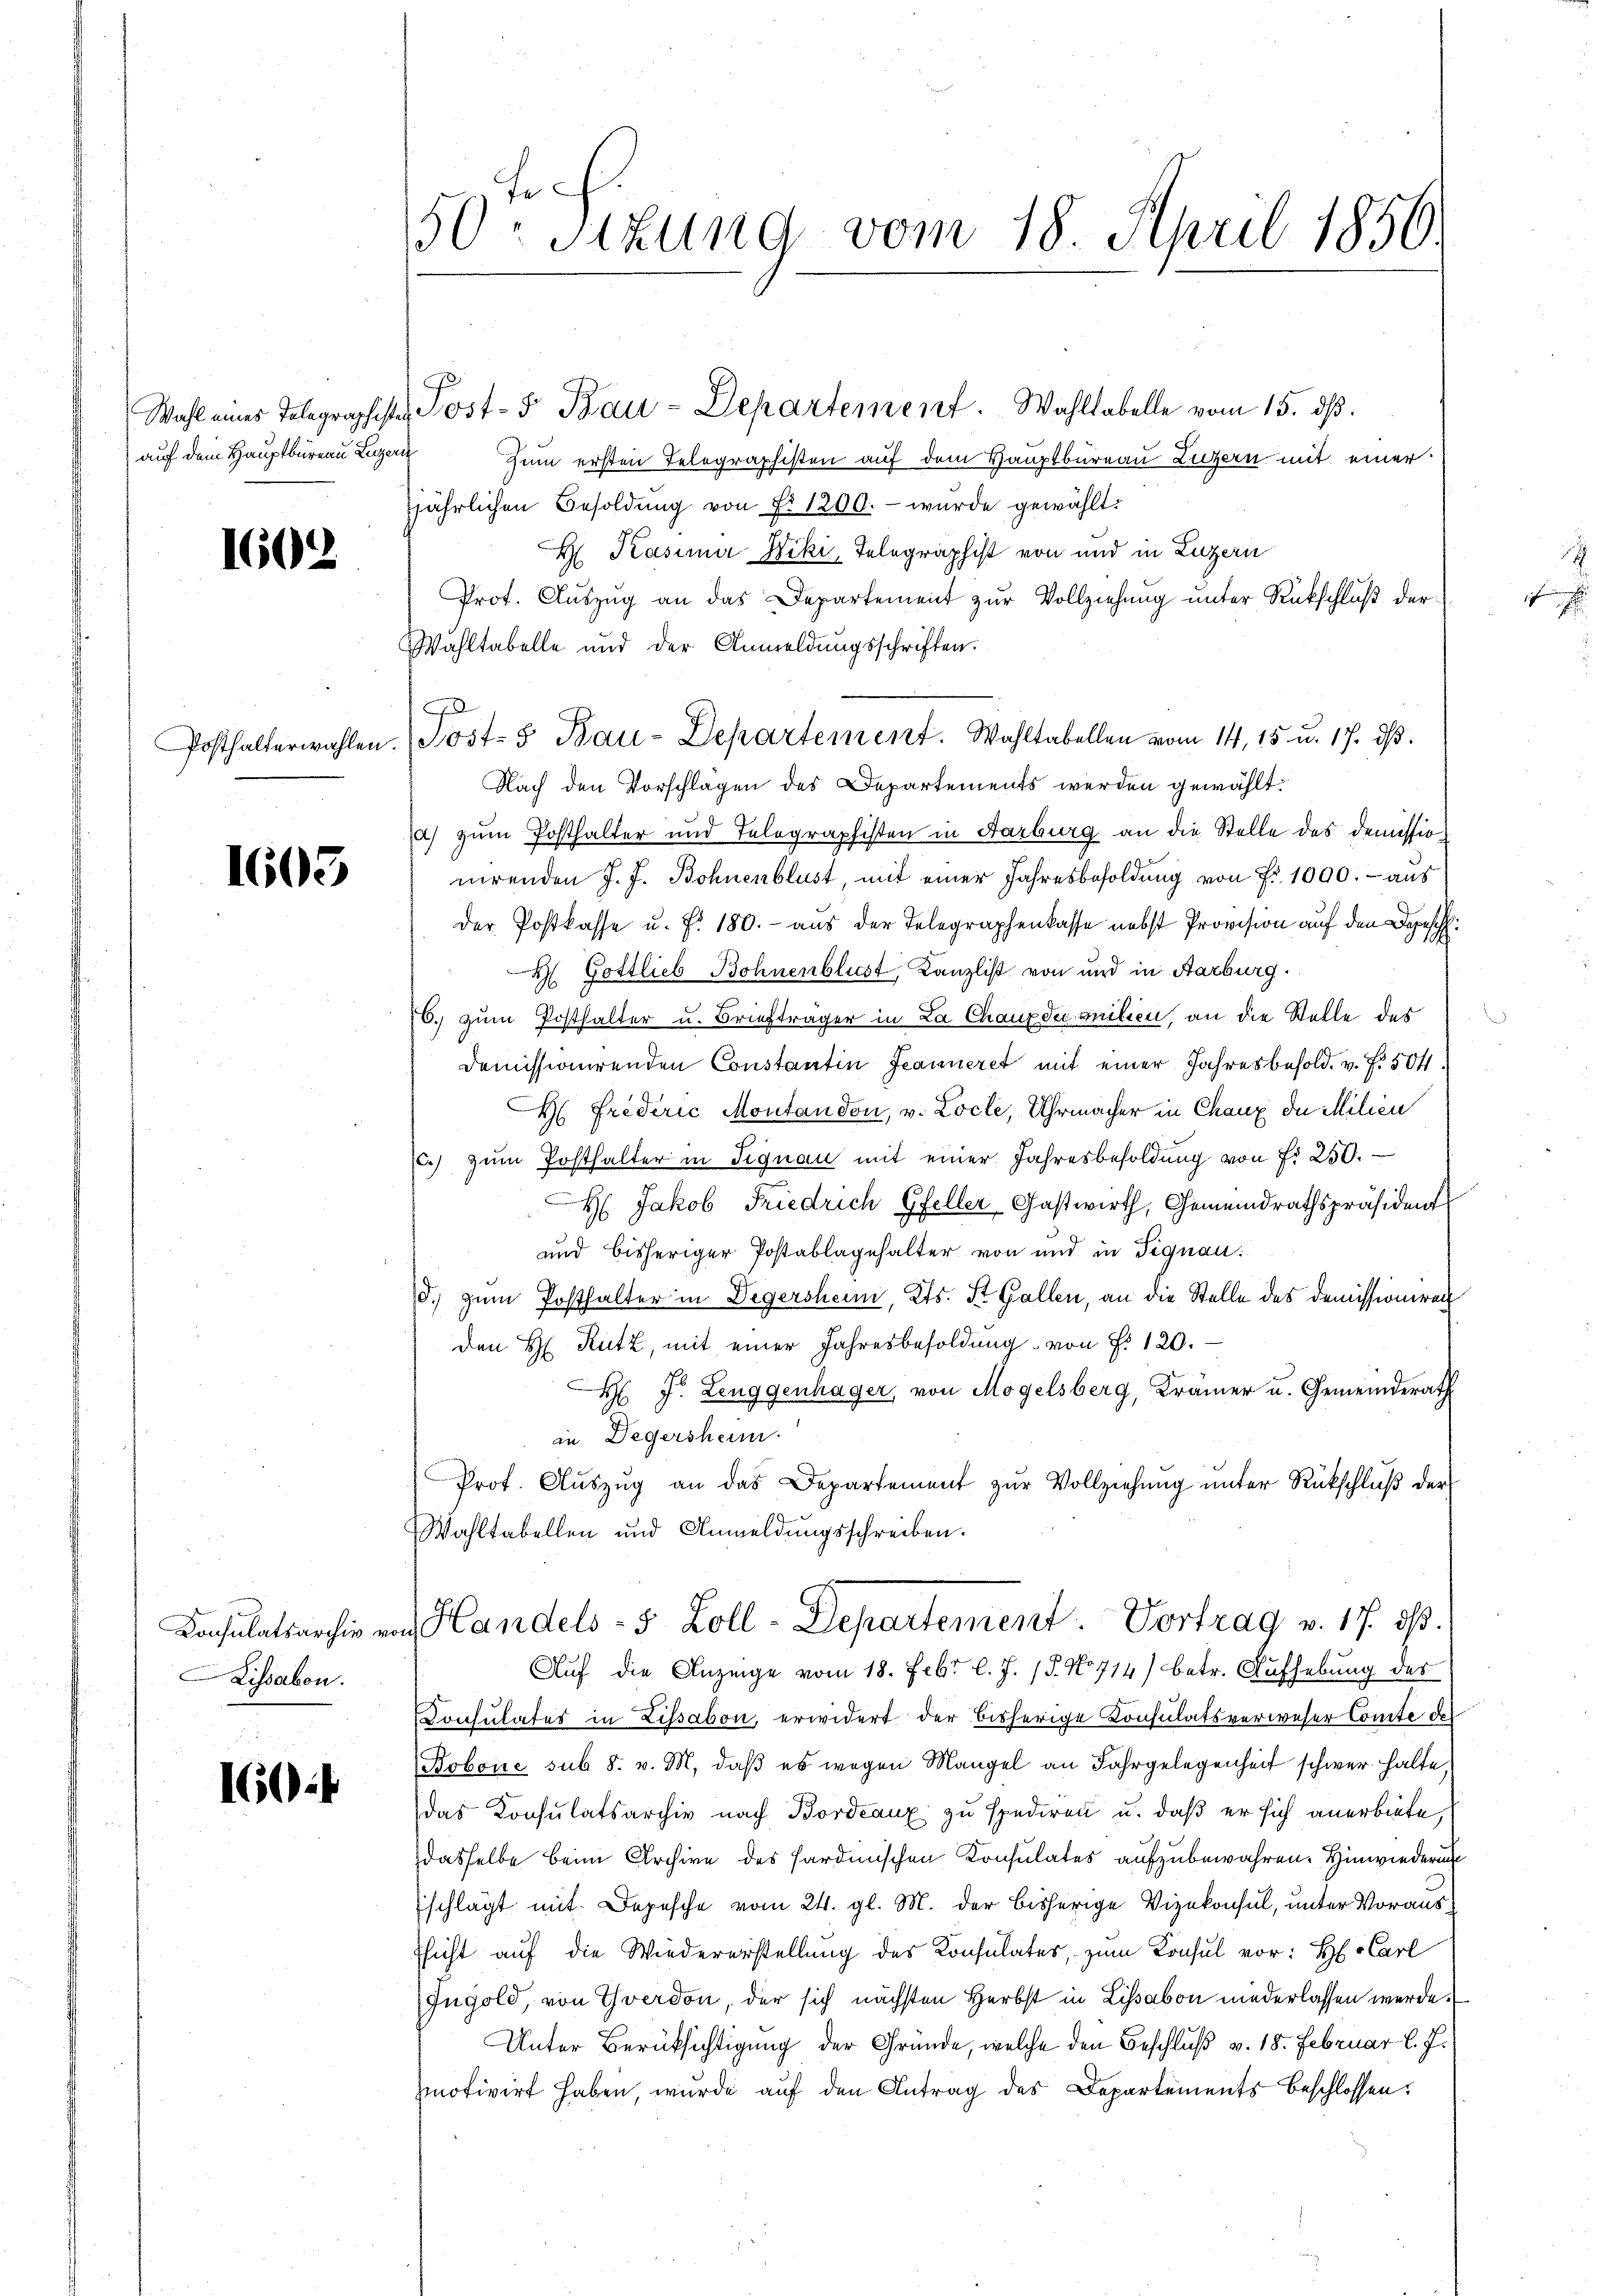
auf dem Hauptbureau Luzern

1602

1603

Kissabon.

160:

50ten Sizung vom 18. April 1850.

Zum ersten Telegraphisten auf dem Hauptbureau Luzern mit einer
jährlichen Besoldŭng von Fr. 1200.- wurde gewählt:
H Kasima Niki, Telegraphist von und in Luzern
Prot. Aŭszŭg an das Departement zŭr Vollziehŭng ŭnter Rückschlŭβ der
Wahltabelle und der Anmeldungsschriften.
Posthalterwahlen. (Post- & Bau-Departement. Wahltabellen vom 14. 15. u. 17. dβ.
Nach den Vorschlägen des Departements werden gewählt:
a) zum Posthalter und Telegraphisten in Aarburg an die Stelle des demissio
nirenden J. J. Bohnenblust, mit einer Jahresbesoldung von Fr. 1090. - aus
der Postkasse u. f. 180. - aus der Telegraphenkasse nebst Provision auf den Depesch
 Gottlieb Bohnenblust, Kanzlist von wird in Aarburg.
6. zum Posthalter u. Briefträger in La Chaux du milien, an die Stelle des
Demissionirenden Constantin Jeanneret mit einer Jahresbesold. v. f. 504.
H. Friderić Montandon, v. Loche, Uhrmacher in Chaux de Milieu
c. zŭm Posthalter in Signau mit einer Jahresbesoldŭng von fr. 250.
H Jakob Friedrich Gfeller Gastwirth, Gemeindrathspräsident
und bisheriger Postablagehalter von und in Fignau:
5. zum Posthalter in Degersheim, Kts. St. Gallen, an die Stelle des Demissioniren
den H. Rutz, mit einer Jahresbesoldung von P. 120.
 J. Leuggenhäger, von Mögelsberg, Krämer u. Gemeinderath
in Degersheim.
Prot. Auszug an das Departement zur Vollziehung unter Rückschluß der
Wahltabellen und Anmeldungsschreiben.
Konsulatsarchiv von Handels- 5 Zoll-Departement. Vortrag v. 17. ds.
Auf die Anzeige vom 18. Febr. l. J. 18. No 714) betr. Aufhebung des
Consulates in Lissabon, erwidert der bisherige Consulatsverweser Comite des
Bobone sub 8. v. M. daß es wegen Mangel an Jahrgelegenheit schwer halte,
das Konsulatsarchiv nach Bordeaux zu spediren u. daß er sich anerbiete,
dasselbe beim Archive des Hardinischen Konsulates aufzubewahren. Hinwiederung
schlägt mit Depesche vom 24. gl. M. der bisherige Vizekonsul, unter Voraus¬
Thicht auf die Wiedererstellung des Konsulates, zum Konsul vor: H Carl
Ingold, von Yverdon, der sich nächsten Herbst in Lissabon niederlassen werde.
Unter Berücksichtigung der Gründe, welche den Beschluß v. 18. Februar l. J.
motivirt haben, wurde auf den Antrag des Departements beschlossen:

Wahl eines Telegraphister Post- 5. Bau-Departement. Wahltabelle vom 15. dβ.

J

n